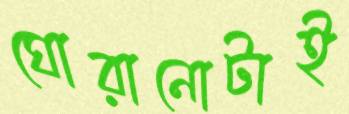
ঘোরানোটাই